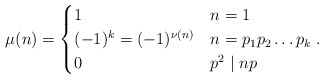
\begin{align*} \mu(n) = \begin{cases} 1 & n = 1 \\ (-1)^k = (-1)^{\nu(n)} & n = p_1 p_2 \ldots p_k \\ 0 & p^2 \mid n p \end{cases}. \end{align*}